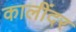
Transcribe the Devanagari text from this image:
कालींदर